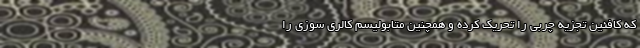
که کافئین تجزیه چربی را تحریک کرده و همچنین متابولیسم کالری سوزی را